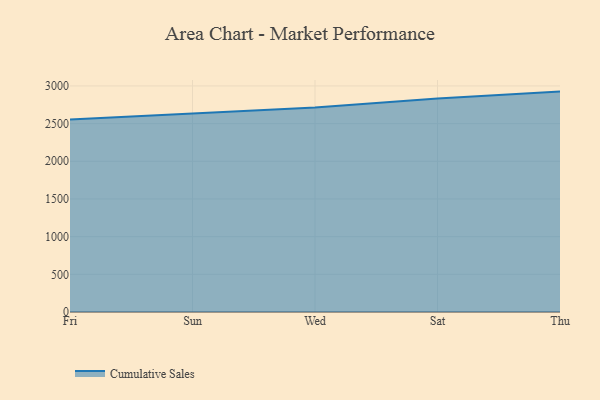
{"axis": {"x": "Day", "y": "Bounce Rate (%)"}, "legend": ["Cumulative Sales"], "data": [{"x": "Fri", "y": 2556.1, "type": "Cumulative Sales"}, {"x": "Sun", "y": 2639.0, "type": "Cumulative Sales"}, {"x": "Wed", "y": 2714.7, "type": "Cumulative Sales"}, {"x": "Sat", "y": 2833.1, "type": "Cumulative Sales"}, {"x": "Thu", "y": 2924.9, "type": "Cumulative Sales"}]}